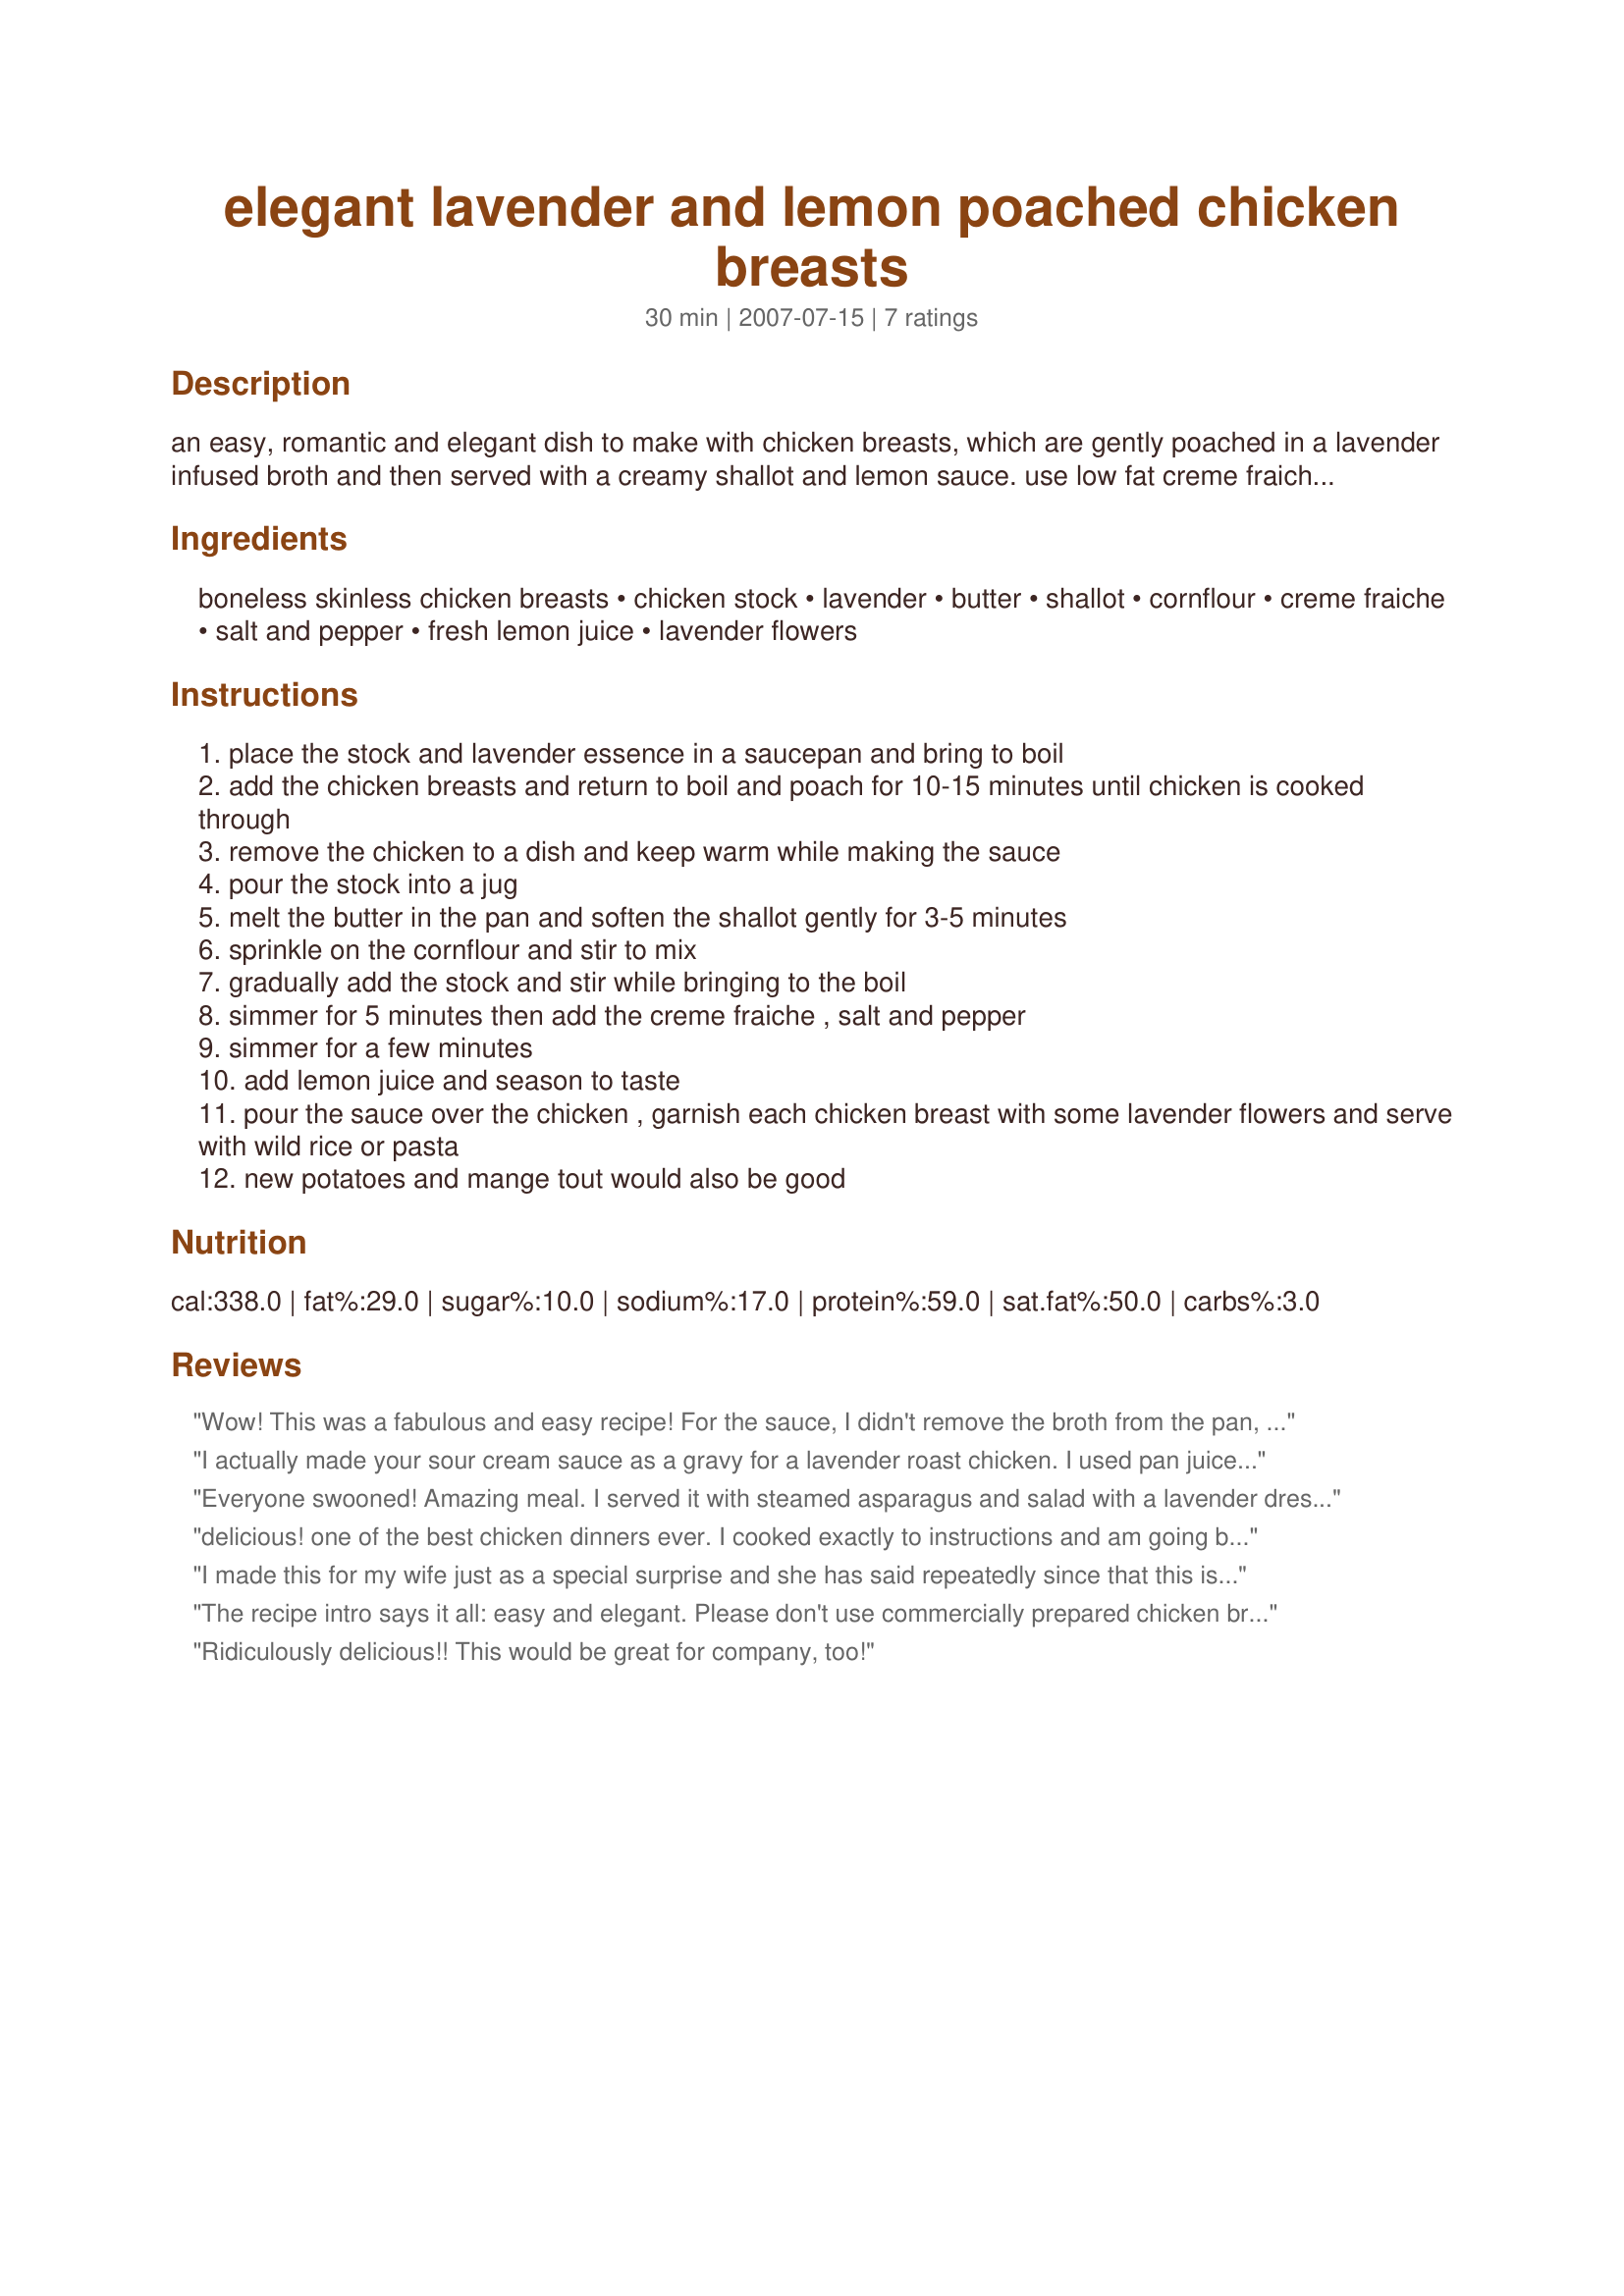
elegant lavender and lemon poached chicken breasts
Preparation time: 30 minutes

an easy, romantic and elegant dish to make with chicken breasts, which are gently poached in a lavender infused broth and then served with a creamy shallot and lemon sauce. use low fat creme fraiche or cream if you are watching your fat intake - it works just as well. serve these delightful lavender poached chicken breasts with wild rice, pasta or new potatoes and mange tout. this recipe is for two people - but the ingredients can be increased with ease!

Ingredients:
boneless skinless chicken breasts, chicken stock, lavender, butter, shallot, cornflour, creme fraiche, salt and pepper, fresh lemon juice, lavender flowers

Steps:
place the stock and lavender essence in a saucepan and bring to boil
add the chicken breasts and return to boil and poach for 10-15 minutes until chicken is cooked through
remove the chicken to a dish and keep warm while making the sauce
pour the stock into a jug
melt the butter in the pan and soften the shallot gently for 3-5 minutes
sprinkle on the cornflour and stir to mix
gradually add the stock and stir while bringing to the boil
simmer for 5 minutes then add the creme fraiche , salt and pepper
simmer for a few minutes
add lemon juice and season to taste
pour the sauce over the chicken , garnish each chicken breast with some lavender flowers and serve with wild rice or pasta
new potatoes and mange tout would also be good

Reviews:
Wow! This was a fabulous and easy recipe! For the sauce, I didn't remove the broth from the pan, just added the shallots and butter to it. I needed a bit more liquid so I added some water and a little heavy cream. It was so wonderful. I served over rice with a side of green beans. This one is going into my favorites cookbook!
I actually made your sour cream sauce as a gravy for a lavender roast chicken. I used pan juices deglazed with a few tablespoons of a sweet dessert semillon and water as my stock. And yowza, yowza, yowza! It was the most divine, food-gasmic gravy ever to pass my lips! It really went down *that* well at the table Even one of my cream-sauce-suspicious eaters nearly fainted with delight. Many, many thanks for this!
Everyone swooned! Amazing meal. I served it with steamed asparagus and salad with a lavender dressing. Thank you so much for sharing! I look forward to making this again :)
delicious! one of the best chicken dinners ever. I cooked exactly to instructions and am going back for seconds :)
I made this for my wife just as a special surprise and she has said repeatedly since that this is the best meal she has ever had anywhere! I followed your recipe to a tee including the fresh lavender to garnish and the sides, dessert, infused vodka, etc and the dinner was really incredible. I have to admit that this was very good and it sure made for a great dinner and evening! Thank you!
The recipe intro says it all: easy and elegant. Please don't use commercially prepared chicken broth for this dish. (It would be insulting.) Served with locally grown specialty potatoes and roasted asparagus. French Tart, I will make this again in this summer, use fresh lavender to garnish and I promise to take a photo, too. Thank you for posting this delicious chicken recipe.
Ridiculously delicious!! This would be great for company, too!
